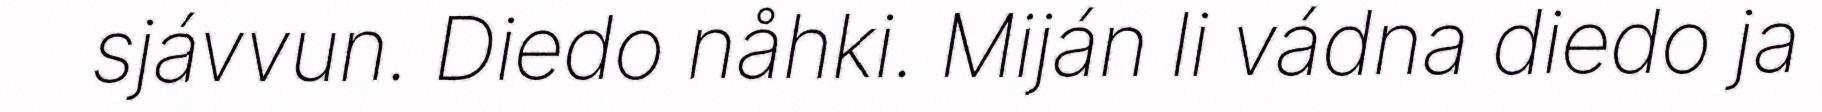
sjávvun. Diedo nåhki. Miján li vádna diedo ja